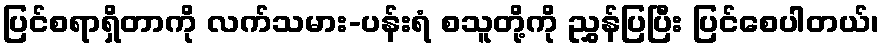
ပြင်စရာရှိတာကို လက်သမား-ပန်းရံ စသူတို့ကို ညွှန်ပြပြီး ပြင်စေပါတယ်၊